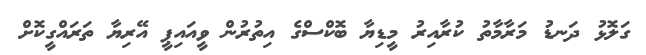
ގަލޮޅު ދަނޑު މަރާމާތު ކުރާއިރު މީޑިޔާ ބޮކްސްގެ އިތުރުން ވީއައިޕީ އޭރިޔާ ތަރައްގީކޮށް